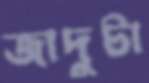
জাদুটা